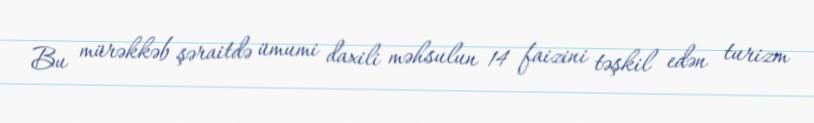
Bu mürəkkəb şəraitdə ümumi daxili məhsulun 14 faizini təşkil edən turizm